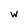
Character: W